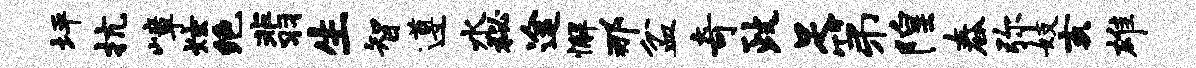
坪抗嶂炫绝翡生智遵水秘途懈那盆奇政足第隍舂弥妓亥雄